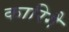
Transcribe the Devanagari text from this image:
कारिगै